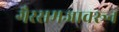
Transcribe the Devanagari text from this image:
गैरसमजावरून